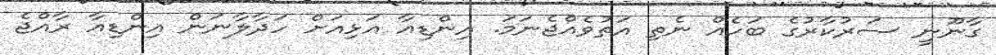
ގާނޫނީ ސަރުކާރުގެ ބަހެއް ނެތި އަތުވެއްޖެނަމަ. އިންޑިއާ އަޅިއަށް ހަދާލާނަން އިންޑިއާ ރާއްޖެ